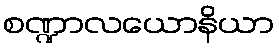
စဏ္ဍာလယောနိယာ